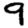
Digit: 9